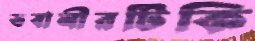
ভবানীরটিকি